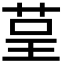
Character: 𮎺